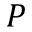
P